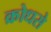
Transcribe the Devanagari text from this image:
क्रोधसे